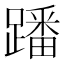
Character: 蹯